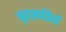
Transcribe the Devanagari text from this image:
बृहस्पतियों